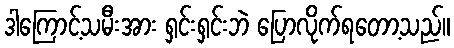
ဒါကြောင့်သမီးအား ရှင်းရှင်းဘဲ ပြောလိုက်ရတော့သည်။